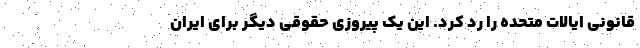
قانونی ایالات متحده را رد کرد. این یک پیروزی حقوقی دیگر برای ایران